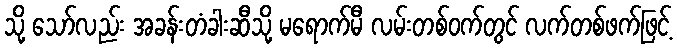
သို့ သော်လည်း အခန်းတံခါးဆီသို့ မရောက်မီ လမ်းတစ်ဝက်တွင် လက်တစ်ဖက်ဖြင့်